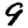
Digit: 9